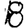
Digit: 8